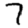
Digit: 7